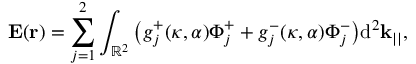
\mathbf { E } ( \mathbf { r } ) = \sum _ { j = 1 } ^ { 2 } \int _ { \mathbb { R } ^ { 2 } } \big ( g _ { j } ^ { + } ( \kappa , \alpha ) \Phi _ { j } ^ { + } + g _ { j } ^ { - } ( \kappa , \alpha ) \Phi _ { j } ^ { - } \big ) \mathrm { d } ^ { 2 } \mathbf { k } _ { | | } ,